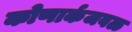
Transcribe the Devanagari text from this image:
कोणार्कजवळ